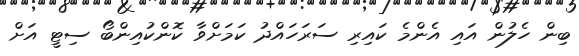
ބިން ހެލުން އައި އެންމެ ކައިރި ސަރަހައްދު ކަމަށްވާ ކޮންކުއިންބޯ ސިޓީ އަށް